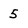
Character: 5